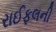
રાઈફલની